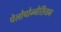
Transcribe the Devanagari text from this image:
पेलोपोन्नेसिंयन